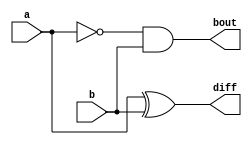
module Lab2_half_sub_gatelevel(input a, b, output diff, bout);
    wire    w1;

    not      G1(w1, a);
    and  G2(bout, w1, b);
    xor  G3(diff, a, b);
endmodule